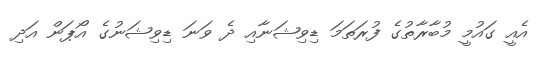
އެއީ ގައުމީ މުބާރާތުގެ ފުރަތަމަ ޑިވިޝަނާއި ދެ ވަނަ ޑިވިޝަނުގެ އޯޕަން އަދި